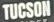
TUCSON